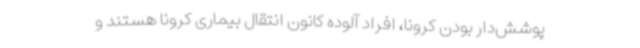
پوشش‌دار بودن کرونا، افراد آلوده کانون انتقال بیماری کرونا هستند و